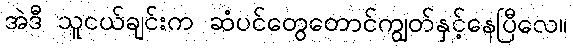
အဲဒီ သူငယ်ချင်းက ဆံပင်တွေတောင်ကျွတ်နှင့်နေပြီလေ။